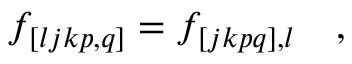
f _ { [ l j k p , q ] } = f _ { [ j k p q ] , l } \quad ,